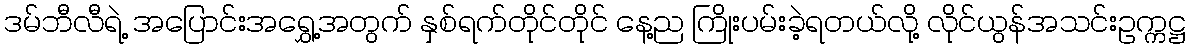
ဒမ်ဘီလီရဲ့ အပြောင်းအရွှေ့အတွက် နှစ်ရက်တိုင်တိုင် နေ့ည ကြိုးပမ်းခဲ့ရတယ်လို့ လိုင်ယွန်အသင်းဥက္ကဋ္ဌ